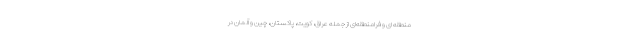
منطقه ای و فرامنطقه‌ای از جمله عراق، کویت، پاکستان، چین و آلمان در